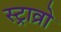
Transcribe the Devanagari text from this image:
स्ट्राव्रो